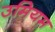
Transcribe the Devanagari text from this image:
उमियम